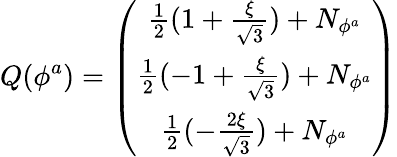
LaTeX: Q(\phi^{a})=\left(\begin{array}{c}{{\frac{1}{2}(1+\frac{\xi}{\sqrt 3})+N_{\phi^{a}}}}\\ {{\frac{1}{2}(-1+\frac{\xi}{\sqrt 3})+N_{\phi^{a}}}}\\ {{\frac{1}{2}(-\frac{2\xi}{\sqrt 3})+N_{\phi^{a}}}}\end{array}\right)